Insane asylums in Bengal annual reports 1876-1887 - 1876-1887
Year: 1876
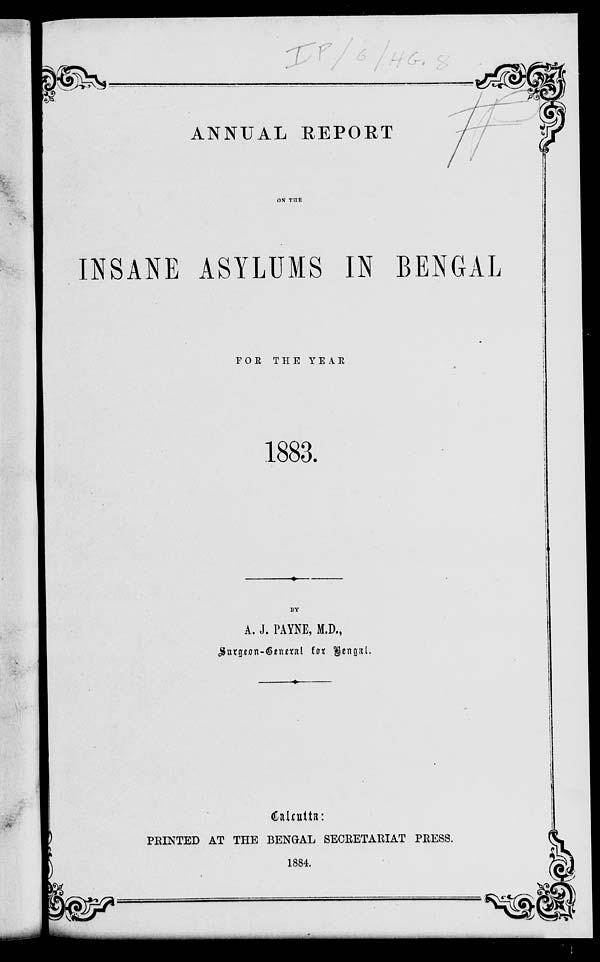
ANNUAL REPORT
ON THE
INSANE ASYLUMS IN BENGAL
FOR THE YEAR
1883.
BY
A. J. PAYNE, M.D.,
Surgeon-General for Bengal.
Calcutta:
PRINTED AT THE BENGAL SECRETARIAT PRESS.
1884.